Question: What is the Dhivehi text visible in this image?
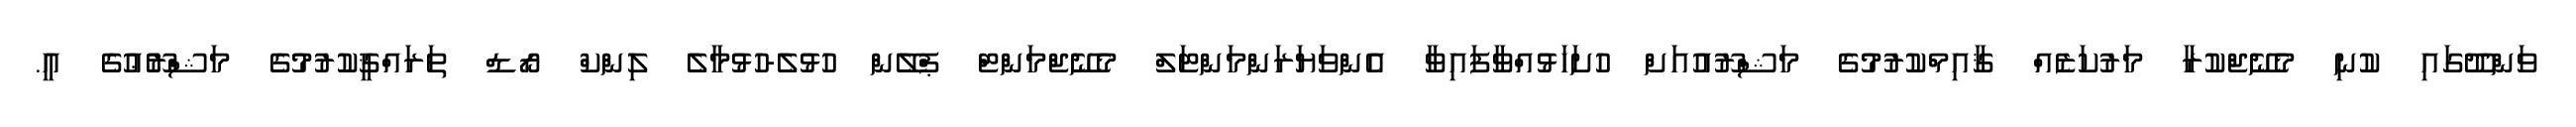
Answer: ވަންދޫގައި ކުނި މެނޭޖްކުރާ މަރުކަޒެއް ޤާއިމްކުރުމުގެ މަޝްރޫއުއަށް ހުށަހަޅުއްވާފައިވާ އެންވަޔަރަންމަންޓަލް މެނޭޖްމަންޓް ޕްލޭން ހުޅުލެ-ހުޅުމާލެ ލިންކް ރޯޑް ތަރައްޤީކުރުމުގެ މަޝްރޫެޢުގެ އީ.